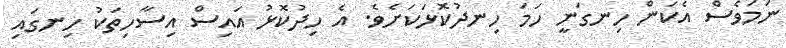
ނަމަވެސް އެކަން ހިނގަނީ ހަމަ ހިނދުކޮޅަކަށެވެ. އެ ހިދުކޮޅު އައިސް އިސާހިތަކު ހިނގައި